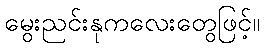
မွေးညင်းနုကလေးတွေဖြင့်။